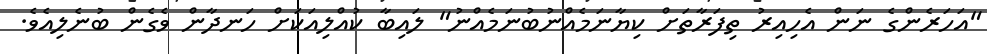
"އަހަރެންގެ ނަން އެހިއިރު ތިފަރާތަށް ކިޔާނަމެއްނުބުނަމެއްނު" ލައިބާ ކުއްލިއަކަށް ހަނދާން ވެގެން ބުނެލިއެވެ.